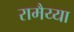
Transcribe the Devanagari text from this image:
रामैय्या